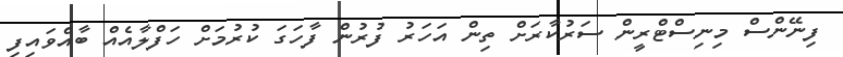
ފިނޭންސް މިނިސްޓްރީން ސަރުކާރަށް ތިން އަހަރު ފުރުން ފާހަގަ ކުރުމަށް ހަފްލާއެއް ބާއްވައިފި